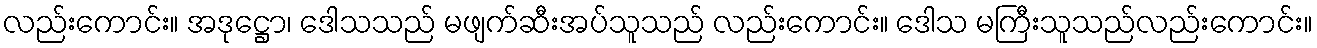
လည်းကောင်း။ အဒုဋ္ဌော၊ ဒေါသသည် မဖျက်ဆီးအပ်သူသည် လည်းကောင်း။ ဒေါသ မကြီးသူသည်လည်းကောင်း။